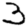
Digit: 3